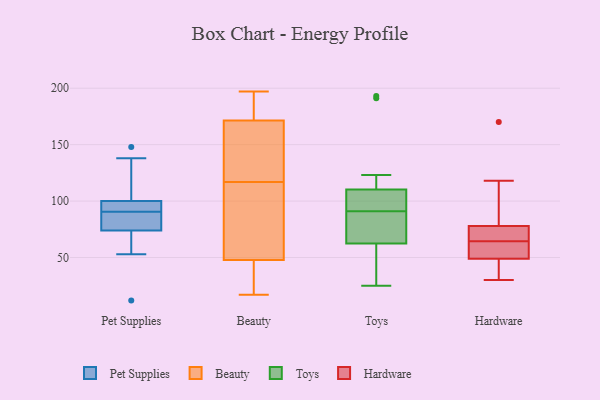
{"axis": {"x": "Backlog", "y": "Value"}, "legend": ["Beauty", "Hardware", "Pet Supplies", "Toys"], "data": [{"x": "", "y": 74, "type": "Pet Supplies"}, {"x": "", "y": 88, "type": "Pet Supplies"}, {"x": "", "y": 76, "type": "Pet Supplies"}, {"x": "", "y": 148, "type": "Pet Supplies"}, {"x": "", "y": 54, "type": "Pet Supplies"}, {"x": "", "y": 12, "type": "Pet Supplies"}, {"x": "", "y": 138, "type": "Pet Supplies"}, {"x": "", "y": 114, "type": "Pet Supplies"}, {"x": "", "y": 100, "type": "Pet Supplies"}, {"x": "", "y": 93, "type": "Pet Supplies"}, {"x": "", "y": 100, "type": "Pet Supplies"}, {"x": "", "y": 53, "type": "Pet Supplies"}, {"x": "", "y": 81, "type": "Pet Supplies"}, {"x": "", "y": 96, "type": "Pet Supplies"}, {"x": "", "y": 170, "type": "Beauty"}, {"x": "", "y": 145, "type": "Beauty"}, {"x": "", "y": 17, "type": "Beauty"}, {"x": "", "y": 84, "type": "Beauty"}, {"x": "", "y": 47, "type": "Beauty"}, {"x": "", "y": 178, "type": "Beauty"}, {"x": "", "y": 48, "type": "Beauty"}, {"x": "", "y": 176, "type": "Beauty"}, {"x": "", "y": 117, "type": "Beauty"}, {"x": "", "y": 30, "type": "Beauty"}, {"x": "", "y": 121, "type": "Beauty"}, {"x": "", "y": 197, "type": "Beauty"}, {"x": "", "y": 98, "type": "Beauty"}, {"x": "", "y": 191, "type": "Toys"}, {"x": "", "y": 37, "type": "Toys"}, {"x": "", "y": 25, "type": "Toys"}, {"x": "", "y": 123, "type": "Toys"}, {"x": "", "y": 63, "type": "Toys"}, {"x": "", "y": 106, "type": "Toys"}, {"x": "", "y": 193, "type": "Toys"}, {"x": "", "y": 75, "type": "Toys"}, {"x": "", "y": 91, "type": "Toys"}, {"x": "", "y": 105, "type": "Toys"}, {"x": "", "y": 91, "type": "Toys"}, {"x": "", "y": 61, "type": "Toys"}, {"x": "", "y": 68, "type": "Toys"}, {"x": "", "y": 63, "type": "Hardware"}, {"x": "", "y": 49, "type": "Hardware"}, {"x": "", "y": 67, "type": "Hardware"}, {"x": "", "y": 40, "type": "Hardware"}, {"x": "", "y": 59, "type": "Hardware"}, {"x": "", "y": 78, "type": "Hardware"}, {"x": "", "y": 30, "type": "Hardware"}, {"x": "", "y": 118, "type": "Hardware"}, {"x": "", "y": 170, "type": "Hardware"}, {"x": "", "y": 66, "type": "Hardware"}]}